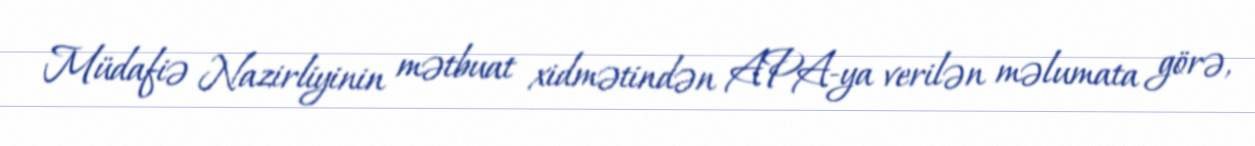
Müdafiə Nazirliyinin mətbuat xidmətindən APA-ya verilən məlumata görə,